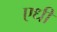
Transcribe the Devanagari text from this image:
एधी